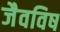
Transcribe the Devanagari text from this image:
जैवविष